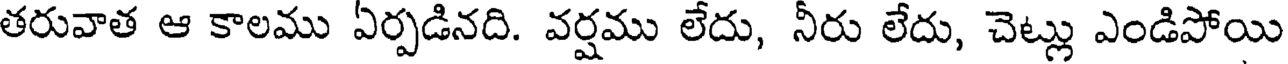
తరువాత ఆ కాలము ఏర్పడినది. వర్షము లేదు, నీరు లేదు, చెట్లు ఎండిపోయి